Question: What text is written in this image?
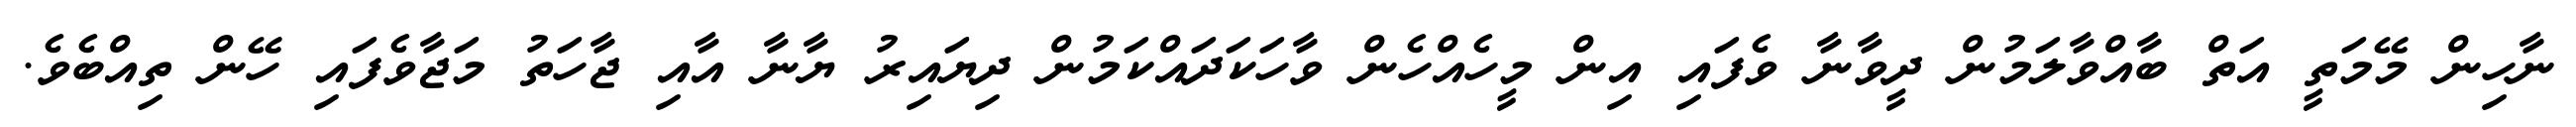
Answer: ނާހިން މޭމަތީ އަތް ބާއްވާލަމުން ދީވާނާ ވެފައި އިން މީހެއްހެން ވާހަކަދައްކަމުން ދިޔައިރު ޔާނާ އާއި ޖާހަތު މަޖާވެފައި ހޭން ތިއްބެވެ.